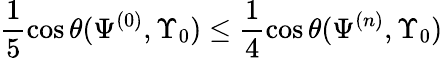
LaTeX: \frac{1}{5}\cos\theta(\Psi^{(0)},\Upsilon_{0})\leq\frac{1}{4}\cos\theta(\Psi^{(n)},\Upsilon_{0})